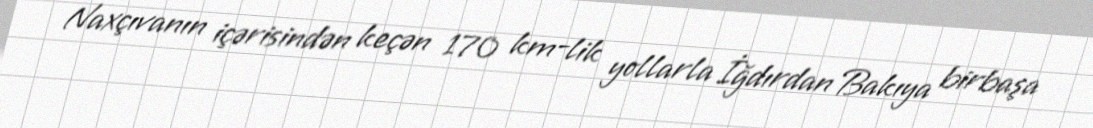
Naxçıvanın içərisindən keçən 170 km-lik yollarla İğdırdan Bakıya birbaşa